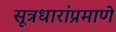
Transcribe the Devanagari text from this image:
सूत्रधारांप्रमाणे